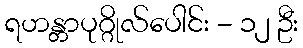
ရဟန္တာပုဂ္ဂိုလ်ပေါင်း - ၁၂ ဦး